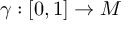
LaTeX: \gamma : [ 0 , 1 ] \rightarrow M